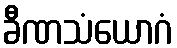
ခီဏသံယောဂံ